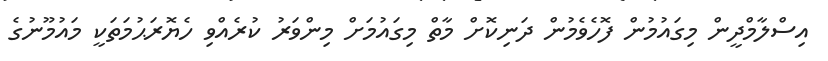
އިސްލާމްދީން މިގައުމުން ފޮހެވެމުން ދަނިކޮށް މާތް މިގައުމަށް މިންވަރު ކުރެއްވި ހެޔޮރަޙުމަތަކީ މައުމޫނުގެ